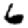
Digit: 6